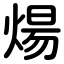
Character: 煬